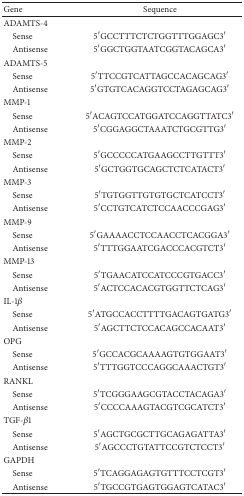
<table><thead><tr><td><b>Gene</b></td><td><b>Sequence</b></td></tr></thead><tbody><tr><td>ADAMTS-4</td><td> </td></tr><tr><td> Sense</td><td>5′GCCTTTCTCTGGTTTGGAGC3′</td></tr><tr><td> Antisense</td><td>5′GGCTGGTAATCGGTACAGCA3′</td></tr><tr><td>ADAMTS-5</td><td> </td></tr><tr><td> Sense</td><td>5′TTCCGTCATTAGCCACAGCAG3′</td></tr><tr><td> Antisense</td><td>5′GTGTCACAGGTCCTAGAGCAG3′</td></tr><tr><td>MMP-1</td><td> </td></tr><tr><td> Sense</td><td>5′ACAGTCCATGGATCCAGGTTATC3′</td></tr><tr><td> Antisense</td><td>5′CGGAGGCTAAATCTGCGTTG3′</td></tr><tr><td>MMP-2</td><td> </td></tr><tr><td> Sense</td><td>5′GCCCCCATGAAGCCTTGTTT3′</td></tr><tr><td> Antisense</td><td>5′GCTGGTGCAGCTCTCATACT3′</td></tr><tr><td>MMP-3</td><td> </td></tr><tr><td> Sense</td><td>5′TGTGGTTGTGTGCTCATCCT3′</td></tr><tr><td> Antisense</td><td>5′CCTGTCATCTCCAACCCGAG3′</td></tr><tr><td>MMP-9</td><td> </td></tr><tr><td> Sense</td><td>5′GAAAACCTCCAACCTCACGGA3′</td></tr><tr><td> Antisense</td><td>5′TTTGGAATCGACCCACGTCT3′</td></tr><tr><td>MMP-13</td><td> </td></tr><tr><td> Sense</td><td>5′TGAACATCCATCCCGTGACC3′</td></tr><tr><td> Antisense</td><td>5′ACTCCACACGTGGTTCTCAG3′</td></tr><tr><td>IL-1<i>β</i></td><td> </td></tr><tr><td> Sense</td><td>5′ATGCCACCTTTTGACAGTGATG3′</td></tr><tr><td> Antisense</td><td>5′AGCTTCTCCACAGCCACAAT3′</td></tr><tr><td>OPG</td><td> </td></tr><tr><td> Sense</td><td>5′GCCACGCAAAAGTGTGGAAT3′</td></tr><tr><td> Antisense</td><td>5′TTTGGTCCCAGGCAAACTGT3′</td></tr><tr><td>RANKL</td><td> </td></tr><tr><td> Sense</td><td>5′TCGGGAAGCGTACCTACAGA3′</td></tr><tr><td> Antisense</td><td>5′CCCCAAAGTACGTCGCATCT3′</td></tr><tr><td>TGF-<i>β</i>1</td><td> </td></tr><tr><td> Sense</td><td>5′AGCTGCGCTTGCAGAGATTA3′</td></tr><tr><td> Antisense</td><td>5′AGCCCTGTATTCCGTCTCCT3′</td></tr><tr><td>GAPDH</td><td> </td></tr><tr><td> Sense</td><td>5′TCAGGAGAGTGTTTCCTCGT3′</td></tr><tr><td> Antisense</td><td>5′TGCCGTGAGTGGAGTCATAC3′</td></tr></tbody></table>